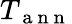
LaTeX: T_{\mathrm{~a~n~n~}}